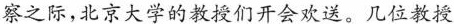
察之际，北京大学的教授们开会欢送，几位教授